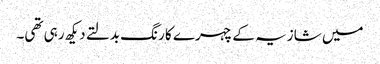
میں شازیہ کے چہرے کا رنگ بدلتے دیکھ رہی تھی۔